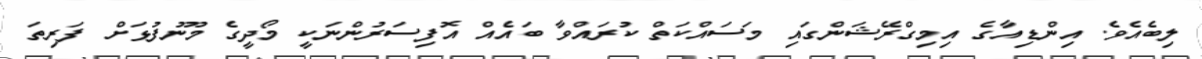
ލިބެއެވެ. އިންޑިއާގެ އިމިގްރޭޝަންގައި މަސައްކަތް ކުރައްވާ ބައެއް އޮފިސަރުންނަކީ މޯދީގެ މޫނުފުޅަށް ފަރިތަ